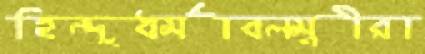
হিন্দুধর্মাবলম্বীরা